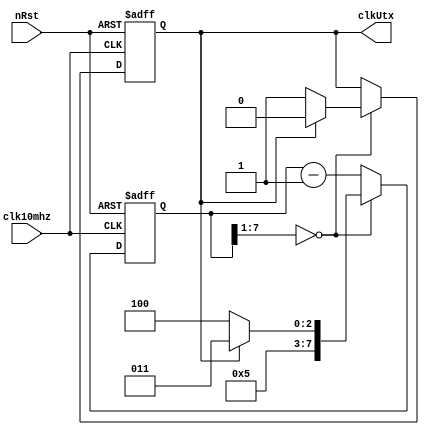

module uart_clkgen_10mhz_115200(
    clkUtx,

    nRst,
    clk10mhz
);

input   wire                clk10mhz;	// 50MHz
input   wire                nRst;	//
output  reg                 clkUtx;	// clkUtx 

/*
parameter 		10000000/115200 ==  86.8 == 87
*/

//
`define		uTxHalf1		8'd43	//115200
`define 	uTxHalf2		8'd44	//115200

reg         [7:0]                   cnt;		

//----------------------------------------------------------
reg[2:0] uart_ctrl;	// uart
//----------------------------------------------------------

always @ (posedge clk10mhz or negedge nRst) begin
    if(!nRst) begin
        cnt                 <= `uTxHalf1 ;
        clkUtx              <=  1'b0 ;
    end
    else begin
        if (cnt[7:1] == 7'd0 ) begin
            if ( clkUtx == 1'b1 ) begin
                cnt         <= `uTxHalf1 ;
                clkUtx      <=  1'b0 ;
            end
            else begin
                cnt         <= `uTxHalf2 ;
                clkUtx      <=  1'b1 ;
            end
        end
        else begin
            cnt             <= cnt - 8'd1 ;
        end
    end
end


endmodule